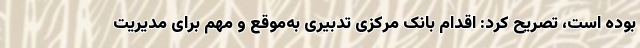
بوده است، تصریح کرد: اقدام بانک مرکزی تدبیری به‌موقع و مهم برای مدیریت